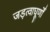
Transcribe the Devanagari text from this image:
जड़त्वाघूर्णों